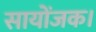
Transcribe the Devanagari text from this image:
सायोंजक।